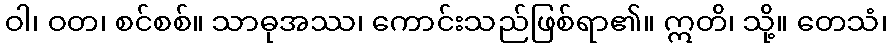
ဝါ၊ ဝတ၊ စင်စစ်။ သာဓုအဿ၊ ကောင်းသည်ဖြစ်ရာ၏။ ဣတိ၊ သို့။ တေသံ၊